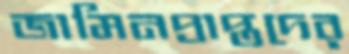
জামিনপ্রাপ্তদের